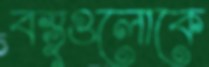
বস্তুগুলোকে